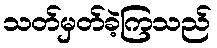
သတ်မှတ်ခဲ့ကြသည်